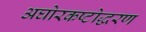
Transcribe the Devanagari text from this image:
अघोरकष्टोद्धरण